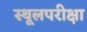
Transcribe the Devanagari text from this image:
स्थूलपरीक्षा